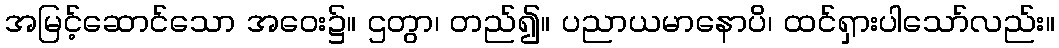
အမြင့်ဆောင်သော အဝေး၌။ ဌတွာ၊ တည်၍။ ပညာယမာနောပိ၊ ထင်ရှားပါသော်လည်း။